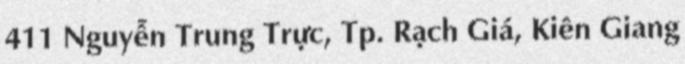
411 Nguyễn Trung Trực, Tp. Rạch Giá, Kiên Giang